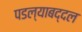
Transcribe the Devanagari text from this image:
पडल्याबद्दल